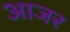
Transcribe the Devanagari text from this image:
आजर